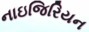
નાઇજિરિયન